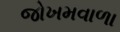
જોખમવાળા